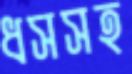
ধসসহ